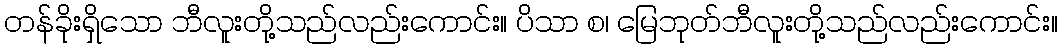
တန်ခိုးရှိသော ဘီလူးတို့သည်လည်းကောင်း။ ပိသာ စ၊ မြေဘုတ်ဘီလူးတို့သည်လည်းကောင်း။